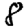
Digit: 8